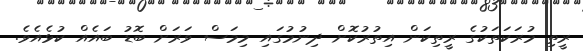
ރީތި މުރަކަތަކުގެ ރީތިކަން އިތުރުކޮށް ދިނުމުގައި މިމަސް ވަރަށް ބޮޑު ބައެއް ކުޅެއެވެ.